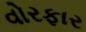
વોરફાર